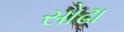
સોઢા